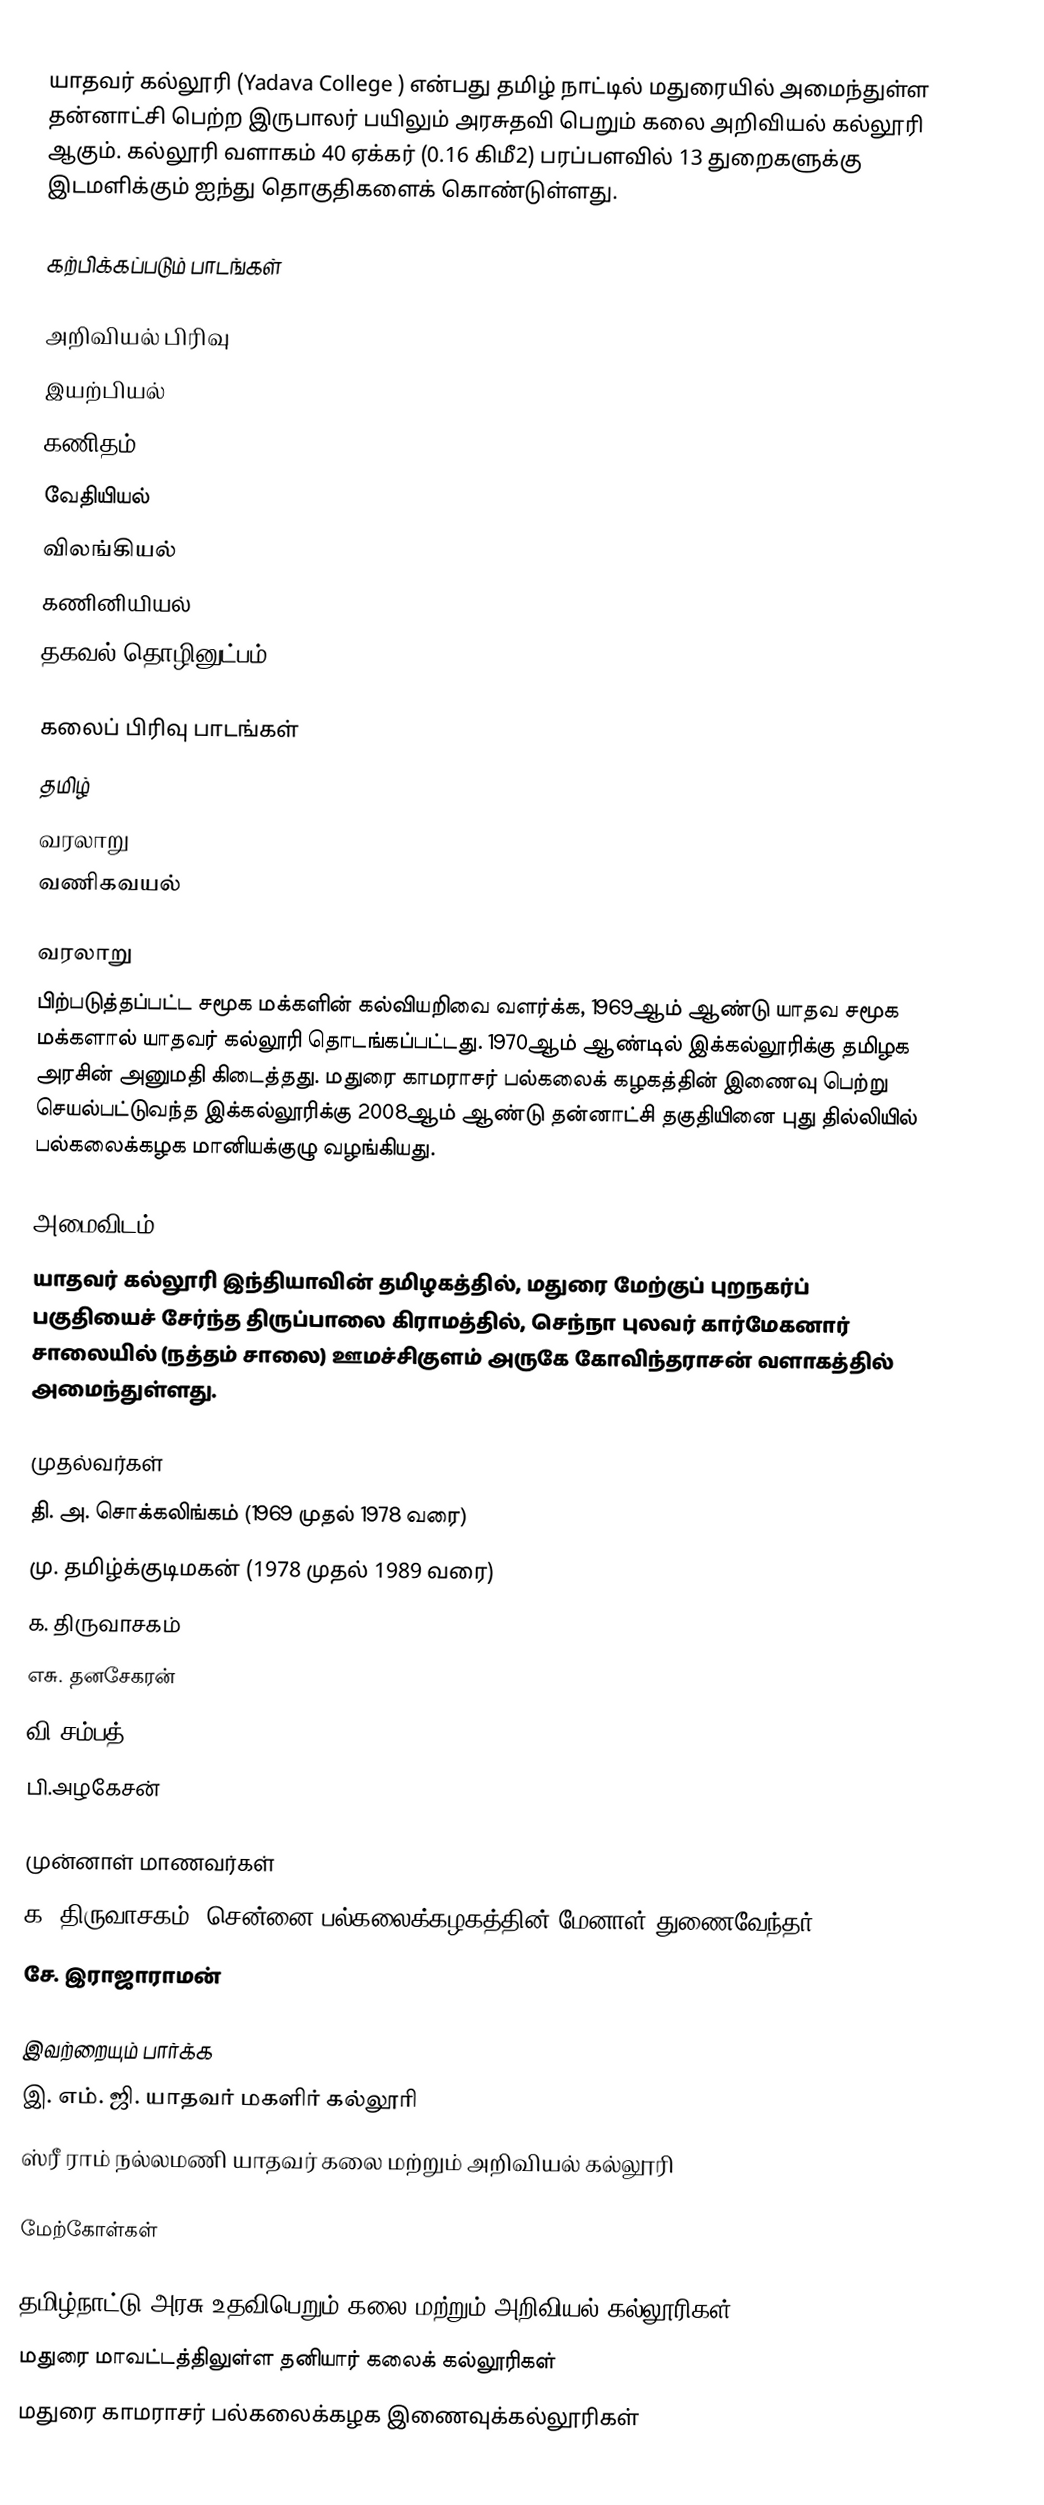
யாதவர் கல்லூரி (Yadava College ) என்பது தமிழ் நாட்டில் மதுரையில் அமைந்துள்ள தன்னாட்சி பெற்ற இருபாலர் பயிலும் அரசுதவி பெறும் கலை அறிவியல் கல்லூரி ஆகும். கல்லூரி வளாகம் 40 ஏக்கர் (0.16 கிமீ2) பரப்பளவில் 13 துறைகளுக்கு இடமளிக்கும் ஐந்து தொகுதிகளைக் கொண்டுள்ளது.

கற்பிக்கப்படும் பாடங்கள்

அறிவியல் பிரிவு
இயற்பியல்
கணிதம்
வேதியியல்
விலங்கியல்
கணினியியல்
தகவல் தொழினுட்பம்

கலைப் பிரிவு பாடங்கள்
தமிழ்
வரலாறு
வணிகவயல்

வரலாறு
பிற்படுத்தப்பட்ட சமூக மக்களின் கல்வியறிவை வளர்க்க, 1969ஆம் ஆண்டு யாதவ சமூக மக்களால் யாதவர் கல்லூரி தொடங்கப்பட்டது. 1970ஆம் ஆண்டில் இக்கல்லூரிக்கு தமிழக அரசின் அனுமதி கிடைத்தது. மதுரை காமராசர் பல்கலைக் கழகத்தின் இணைவு பெற்று செயல்பட்டுவந்த இக்கல்லூரிக்கு 2008ஆம் ஆண்டு தன்னாட்சி தகுதியினை புது தில்லியில்  பல்கலைக்கழக மானியக்குழு வழங்கியது.

அமைவிடம்
யாதவர் கல்லூரி இந்தியாவின் தமிழகத்தில், மதுரை மேற்குப் புறநகர்ப் பகுதியைச் சேர்ந்த திருப்பாலை கிராமத்தில், செந்நா புலவர் கார்மேகனார் சாலையில் (நத்தம் சாலை) ஊமச்சிகுளம் அருகே கோவிந்தராசன் வளாகத்தில் அமைந்துள்ளது.

முதல்வர்கள்
 தி. அ. சொக்கலிங்கம் (1969 முதல் 1978 வரை)
 மு. தமிழ்க்குடிமகன் (1978 முதல் 1989 வரை)
 க. திருவாசகம்
 எசு. தனசேகரன்
 வி.சம்பத்
 பி.அழகேசன்

முன்னாள் மாணவர்கள்
 க. திருவாசகம், சென்னை பல்கலைக்கழகத்தின் மேனாள் துணைவேந்தர்
 சே. இராஜாராமன்

இவற்றையும் பார்க்க
இ. எம். ஜி. யாதவர் மகளிர் கல்லூரி
ஸ்ரீ ராம் நல்லமணி யாதவர் கலை மற்றும் அறிவியல் கல்லூரி

மேற்கோள்கள்

தமிழ்நாட்டு அரசு உதவிபெறும் கலை மற்றும் அறிவியல் கல்லூரிகள்
மதுரை மாவட்டத்திலுள்ள தனியார் கலைக் கல்லூரிகள்
மதுரை காமராசர் பல்கலைக்கழக இணைவுக்கல்லூரிகள்